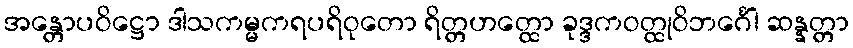
အန္တောပဝိဋ္ဌော ဒါသကမ္မကရပရိဝုတော ရိတ္တဟတ္ထော ခုဒ္ဒကဝတ္ထုဝိဘင်္ဂေါ ဆန္နတ္တာ